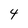
Character: 4